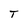
Character: T